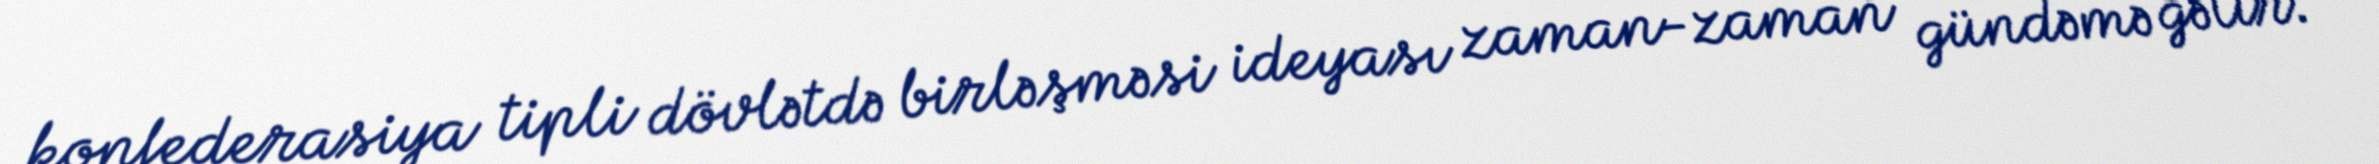
konfederasiya tipli dövlətdə birləşməsi ideyası zaman-zaman gündəmə gəlir.